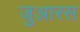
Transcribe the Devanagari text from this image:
जुआरस